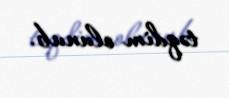
təqdim olunub.